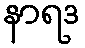
နာရဒ